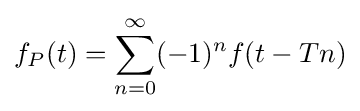
f_{P}(t)=\sum _{n=0}^{\infty }(-1)^{n}f(t-Tn)